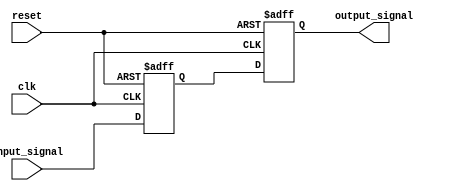
module two_flop_synchronizer (
    input wire clk,
    input wire reset,
    input wire input_signal,
    output reg output_signal
);

reg flop1_output;

always @ (posedge clk or posedge reset)
begin
    if (reset)
        flop1_output <= 1'b0;
    else
        flop1_output <= input_signal;
end

always @ (posedge clk or posedge reset)
begin
    if (reset)
        output_signal <= 1'b0;
    else
        output_signal <= flop1_output;
end

endmodule